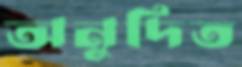
অনুদিত